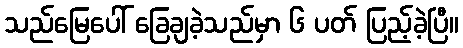
သည်မြေပေါ် ခြေချခဲ့သည်မှာ ၆ ပတ် ပြည့်ခဲ့ပြီ။